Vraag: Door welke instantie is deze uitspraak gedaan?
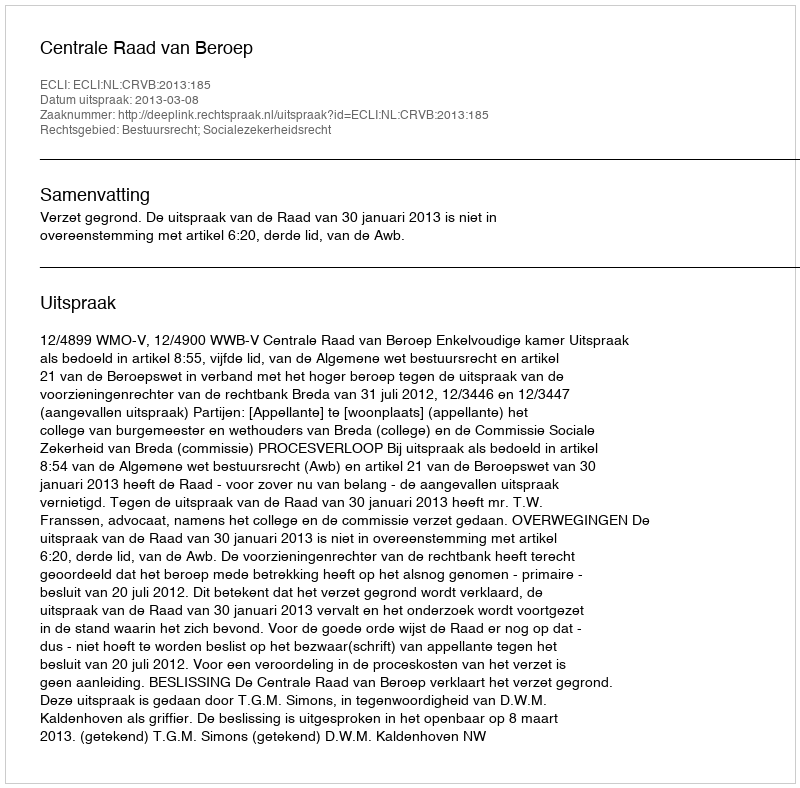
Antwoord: Centrale Raad van Beroep